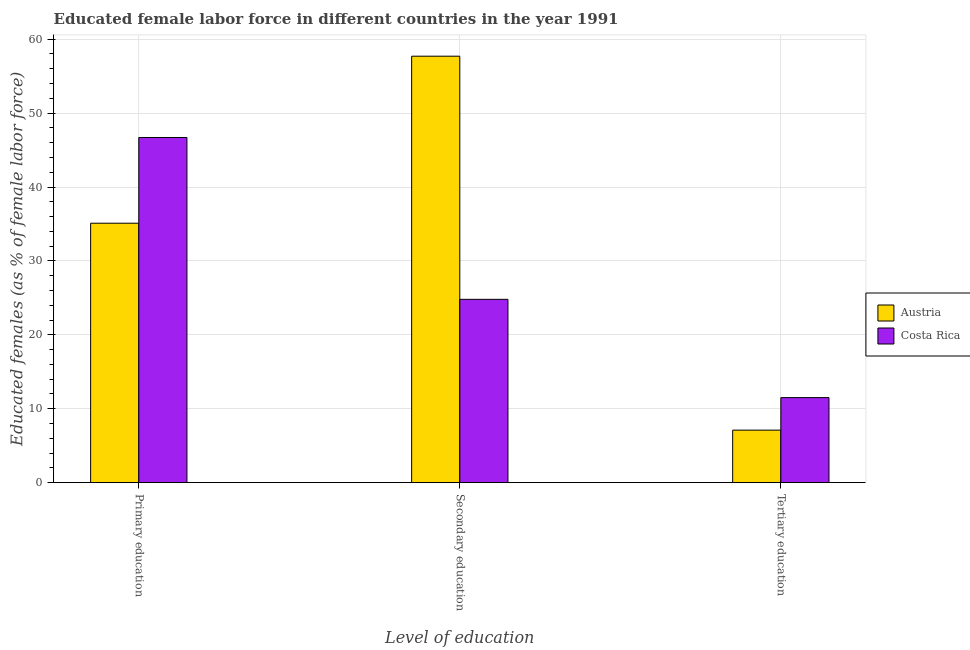
| Level of education | Austria | Costa Rica |
 | --- | --- | --- |
 | Primary education | 35.1 | 46.7 |
 | Secondary education | 57.7 | 24.8 |
 | Tertiary education | 7.1 | 11.5 |